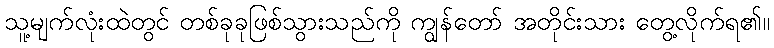
သူ့မျက်လုံးထဲတွင် တစ်ခုခုဖြစ်သွားသည်ကို ကျွန်တော် အတိုင်းသား တွေ့လိုက်ရ၏။